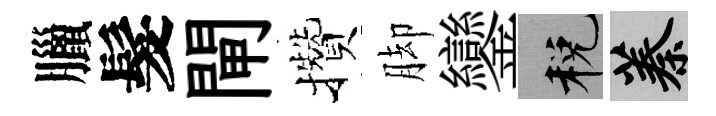
臘髮閘攢脚鑾税蓁